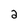
Character: 2